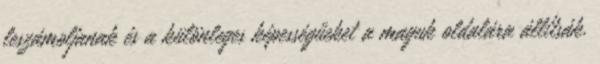
leszámoljanak és a különleges képességűeket a maguk oldalára állítsák.